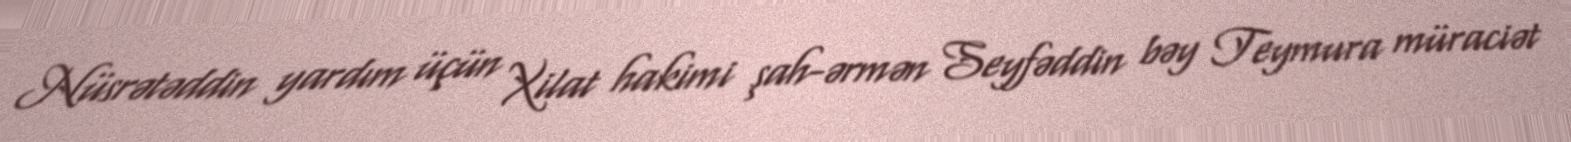
Nüsrətəddin yardım üçün Xilat hakimi şah-ərmən Seyfəddin bəy Teymura müraciət